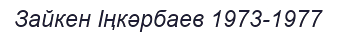
Зайкен Іңкəрбаев 1973-1977